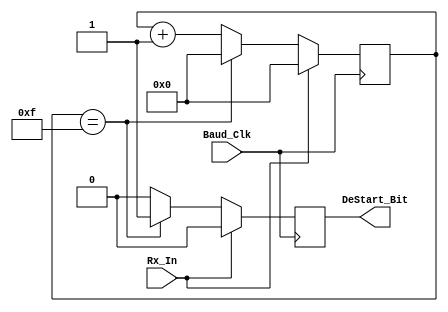
`timescale 1ns / 1ps
//////////////////////////////////////////////////////////////////////////////////
// Company: 
// Engineer: 
// 
// Design Name: 
// Module Name:    Start_Bit_Detector 
// Project Name: 
// Target Devices: 
// Tool versions: 
// Description: 
//
// Dependencies: 
//
// Revision: 
// Revision 0.01 - File Created
// Additional Comments: 
//
//////////////////////////////////////////////////////////////////////////////////
module Start_Bit_Detector(DeStart_Bit, Rx_In, Baud_Clk);

output reg DeStart_Bit;
input Rx_In, Baud_Clk;
reg [3:0]count = 0;
always@(posedge Baud_Clk)
begin
	if(Rx_In == 0)
	begin
		if(count == 4'd15)
		begin
			count = 0;
			DeStart_Bit = 1;
		end
		else
		begin
			count = count + 1;
			DeStart_Bit = 0;
		end
	end
	else
	begin
		count = 0;
		DeStart_Bit = 0;
	end
end
endmodule